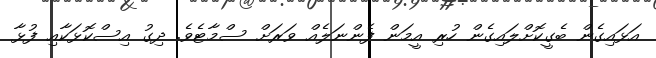
އަޅައިގެން ބެގީކޮށްލައިގެން ހުރި އީމަން ފެންނަލެއް ވަރަށް ސްމާޓެވެ. ދިގު އިސްކޮޅަކާއި ފުޅާ